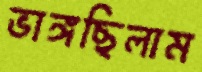
ভাঙ্গছিলাম